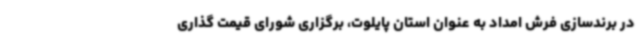
در برندسازی فرش امداد به عنوان استان پایلوت، برگزاری شورای قیمت گذاری